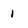
Character: 1